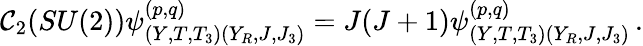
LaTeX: {\cal C}_{2}(SU(2))\psi_{(Y,T,T_{3})(Y_{R},J,J_{3})}^{(p,q)}=J(J+1)\psi_{(Y,T,T_{3})(Y_{R},J,J_{3})}^{(p,q)}\, .